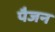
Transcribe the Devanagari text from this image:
पैजन